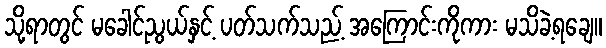
သို့ရာတွင် မခေါင်ညွယ်နှင့် ပတ်သက်သည့် အကြောင်းကိုကား မသိခဲ့ရချေ။